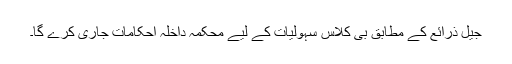
جیل ذرائع کے مطابق بی کلاس سہولیات کے لیے محکمہ داخلہ احکامات جاری کرے گا۔